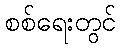
စစ်ရေးတွင်